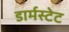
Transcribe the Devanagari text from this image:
डार्मस्टेट